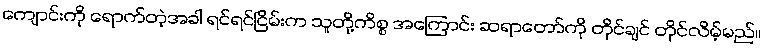
ကျောင်းကို ရောက်တဲ့အခါ ရင်ရင်ငြိမ်းက သူတို့ကိစ္စ အကြောင်း ဆရာတော်ကို တိုင်ချင် တိုင်လိမ့်မည်။